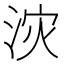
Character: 𮳇